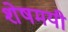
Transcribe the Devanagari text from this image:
शेषमयी